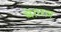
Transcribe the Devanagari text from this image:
बेग़रज़